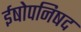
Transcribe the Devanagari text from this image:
ईषोपनिषद